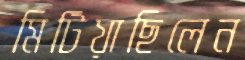
মিটিয়াছিলেন